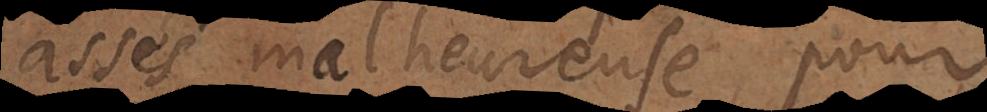
assés malheureuse pour